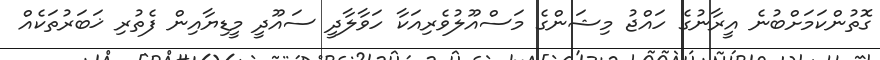
ގޮތުންކަމަށްބުނެ އީރާނުގެ ހައްޖު މިޝަންގެ މަސްއޫލުވެރިއަކާ ހަވާލާދީ ސައޫދީ މީޑިޔާއިން ފެތުރި ޚަބަރުތަކެއް